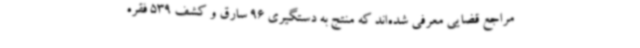
مراجع قضایی معرفی شده‌اند که منتج به دستگیری 96 سارق و کشف 539 فقره